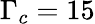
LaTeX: \Gamma_{c}=15